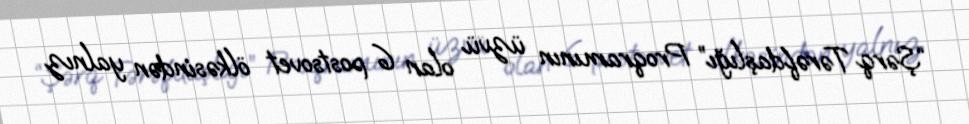
“Şərq Tərəfdaşlığı” Proqramının üzvü olan 6 postsovet ölkəsindən yalnız